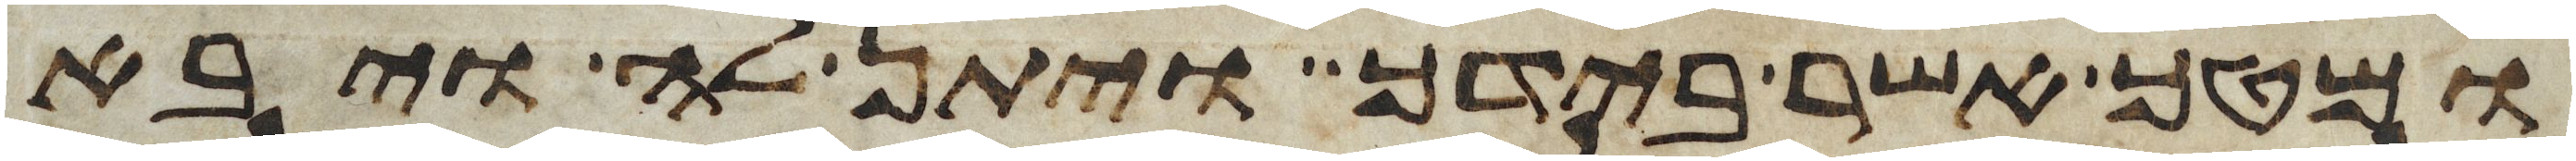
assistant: ומטך אשר בידך ויתן לה ויבא